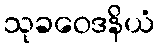
သုခဝေဒနိယံ